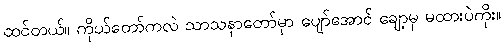
ထင်တယ်။ ကိုယ်တော်ကလဲ သာသနာတော်မှာ ပျော်အောင် ချော့မှ မထားပဲကိုး။